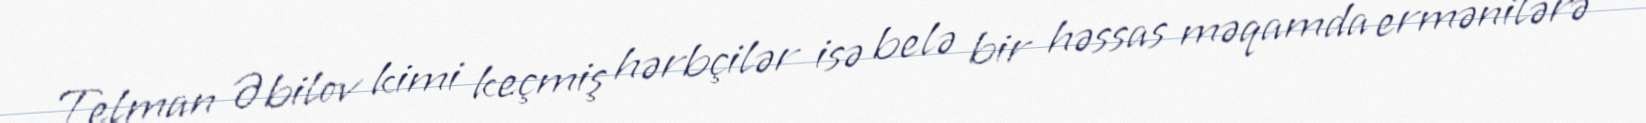
Telman Əbilov kimi keçmiş hərbçilər isə belə bir həssas məqamda ermənilərə